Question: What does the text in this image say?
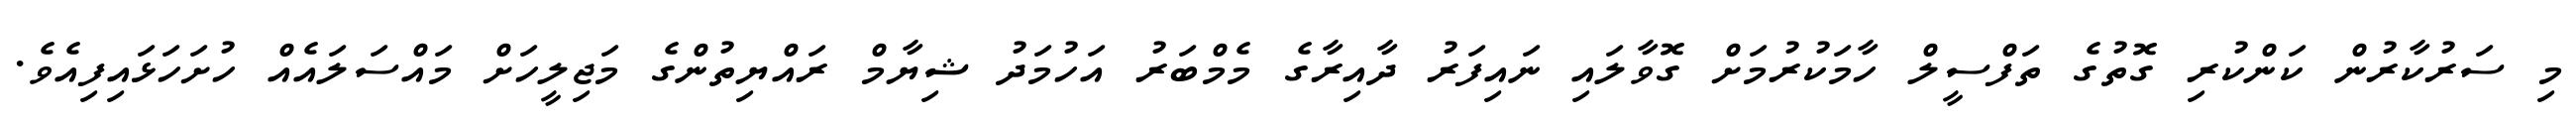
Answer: މި ސަރުކާރުން ކަންކުރި ގޮތުގެ ތަފްސީލް ހާމަކުރުމަށް ގޮވާލައި ނައިފަރު ދާއިރާގެ މެމްބަރު އަހުމަދު ޝިޔާމް ރައްޔިތުންގެ މަޖިލީހަށް މައްސަލައެއް ހުށަހަޅައިފިއެވެ.